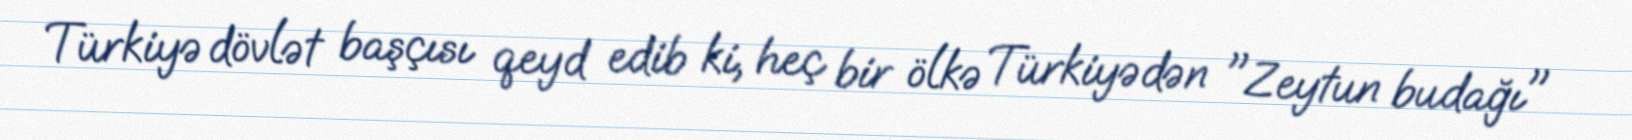
Türkiyə dövlət başçısı qeyd edib ki, heç bir ölkə Türkiyədən "Zeytun budağı"